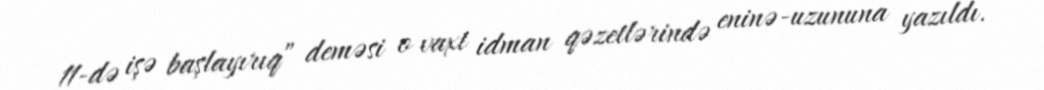
11-də işə başlayırıq” deməsi o vaxt idman qəzetlərində eninə-uzununa yazıldı.